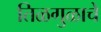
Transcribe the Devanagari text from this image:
तिळगुळाचे